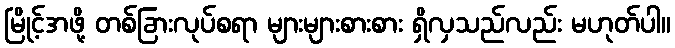
မြိုင့်အဖို့ တစ်ခြားလုပ်စရာ များများစားစား ရှိလှသည်လည်း မဟုတ်ပါ။